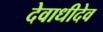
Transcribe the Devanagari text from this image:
देवाधीदेव